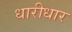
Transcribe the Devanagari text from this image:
धारीधार